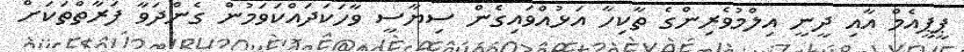
ޕީޕީއެމް އާއި ދީނީ އިލްމުވެރިންގެ ތާކިހާ އަޅުއްވައިގެން ސިޔާސީ ވާހަކަދައްކަވަމުން ގެންދަވާ ފަރާތްތަކަށް